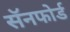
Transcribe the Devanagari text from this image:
सॅनफोर्ड